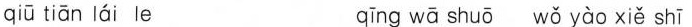
qiū tiān lái le qīng wā shuō wǒ yào xiě shī